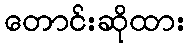
တောင်းဆိုထား